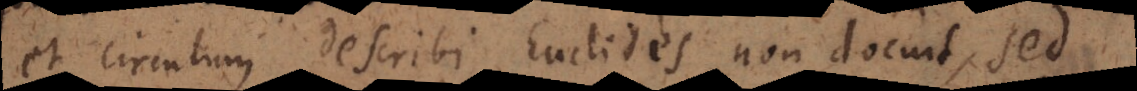
et circulum describi Euclides non docuit, sed